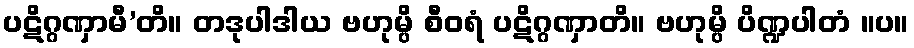
ပဋိဂ္ဂဏှာမီ’တိ။ တဒုပါဒါယ ဗဟုမ္ပိ စီဝရံ ပဋိဂ္ဂဏှာတိ။ ဗဟုမ္ပိ ပိဏ္ဍပါတံ ။ပ။